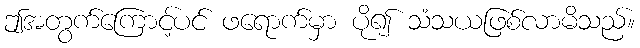
ဤအတွက်ကြောင့်ပင် ဖရောက်မှာ ပို၍ သံသယဖြစ်လာမိသည်။